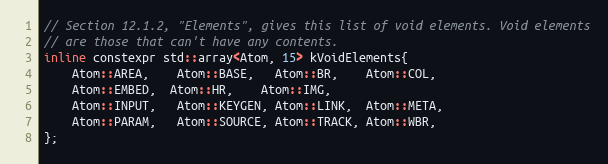
Language: C
// Section 12.1.2, "Elements", gives this list of void elements. Void elements
// are those that can't have any contents.
inline constexpr std::array<Atom, 15> kVoidElements{
    Atom::AREA,    Atom::BASE,   Atom::BR,    Atom::COL,
    Atom::EMBED,  Atom::HR,    Atom::IMG,
    Atom::INPUT,   Atom::KEYGEN, Atom::LINK,  Atom::META,
    Atom::PARAM,   Atom::SOURCE, Atom::TRACK, Atom::WBR,
};